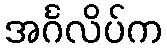
အင်္ဂလိပ်က